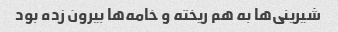
شیرینی‌ها به هم ریخته و خامه‌ها بیرون زده بود